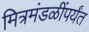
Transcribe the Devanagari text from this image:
मित्रमंडळींपर्यंत